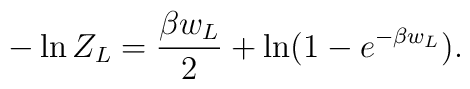
-\ln Z_L={\beta w_L\over 2}+\ln(1-e^{-\beta w_L}).